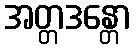
အတ္တဒန္တော